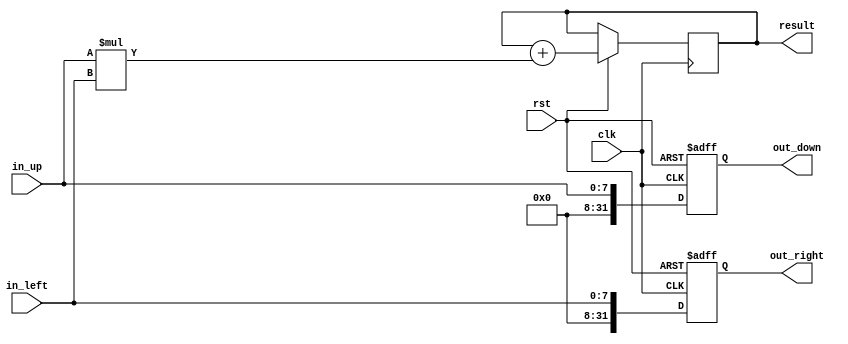
module weight_block #(parameter data_width =8,num_of_PE=4,result_width = 16)(
input [data_width-1:0] in_up,
input [data_width-1:0] in_left,
input clk,rst,
output reg [data_width*num_of_PE-1:0] out_right,out_down,
output reg [result_width*num_of_PE-1:0] result);



wire [result_width-1:0] mult;


always@(posedge clk or negedge rst)
begin

	if(!rst)
	begin
	out_right<={data_width{1'b0}};
	out_down<={data_width{1'b0}};
	end
	else
	begin
	result<=result+mult;
	out_right<=in_left;
	out_down<=in_up;
	end



end




assign mult=in_up*in_left;
endmodule